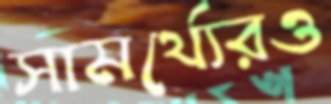
সামর্থ্যেরও